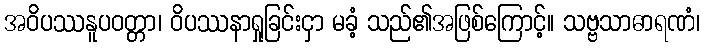
အဝိပဿနူပဝတ္တာ၊ ဝိပဿနာရှုခြင်းငှာ မခံ့ သည်၏အဖြစ်ကြောင့်။ သဗ္ဗသာဓာရဏံ၊